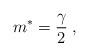
LaTeX: \begin{align*}m\sp * = {\gamma \over 2} \;, \end{align*}